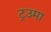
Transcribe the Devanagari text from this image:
ट्रउमा